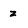
Character: z